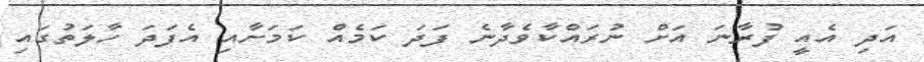
އަދި އެއީ ފުރާނަ އަށް ނުރައްކާވެދާނެ ފަދަ ކަމެއް ކަމަށާއި އެފަދަ ހާލަތުގައި